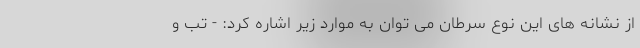
از نشانه های این نوع سرطان می توان به موارد زیر اشاره کرد: - تب و